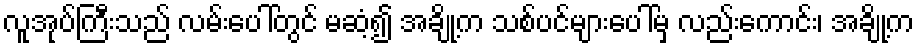
လူအုပ်ကြီးသည် လမ်းပေါ်တွင် မဆံ့၍ အချို့က သစ်ပင်များပေါ်မှ လည်းကောင်း၊ အချို့က